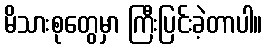
မိသားစုတွေမှာ ကြီးပြင်းခဲ့တာပါ။